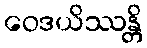
ဝေဒယိဿန္တိ